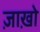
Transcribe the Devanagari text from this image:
ज़ाख़ो